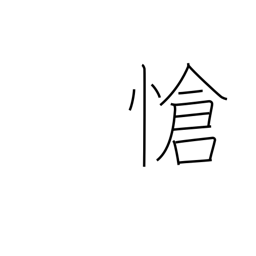
Meaning: pathetic